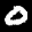
Label: 0